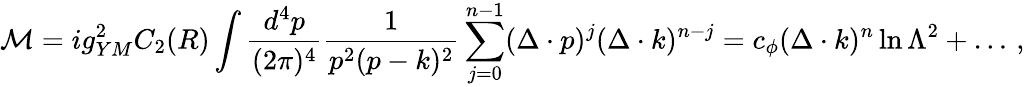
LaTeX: {\cal M}=ig_{YM}^{2}C_{2}(R)\int{\frac{d^{4}p}{(2\pi)^{4}}}{\frac{1}{p^{2}(p-k)^{2}}}\sum_{j=0}^{n-1}(\Delta\cdot p)^{j}(\Delta\cdot k)^{n-j}=c_{\phi}(\Delta\cdot k)^{n}\ln\Lambda^{2}+\ldots\, ,